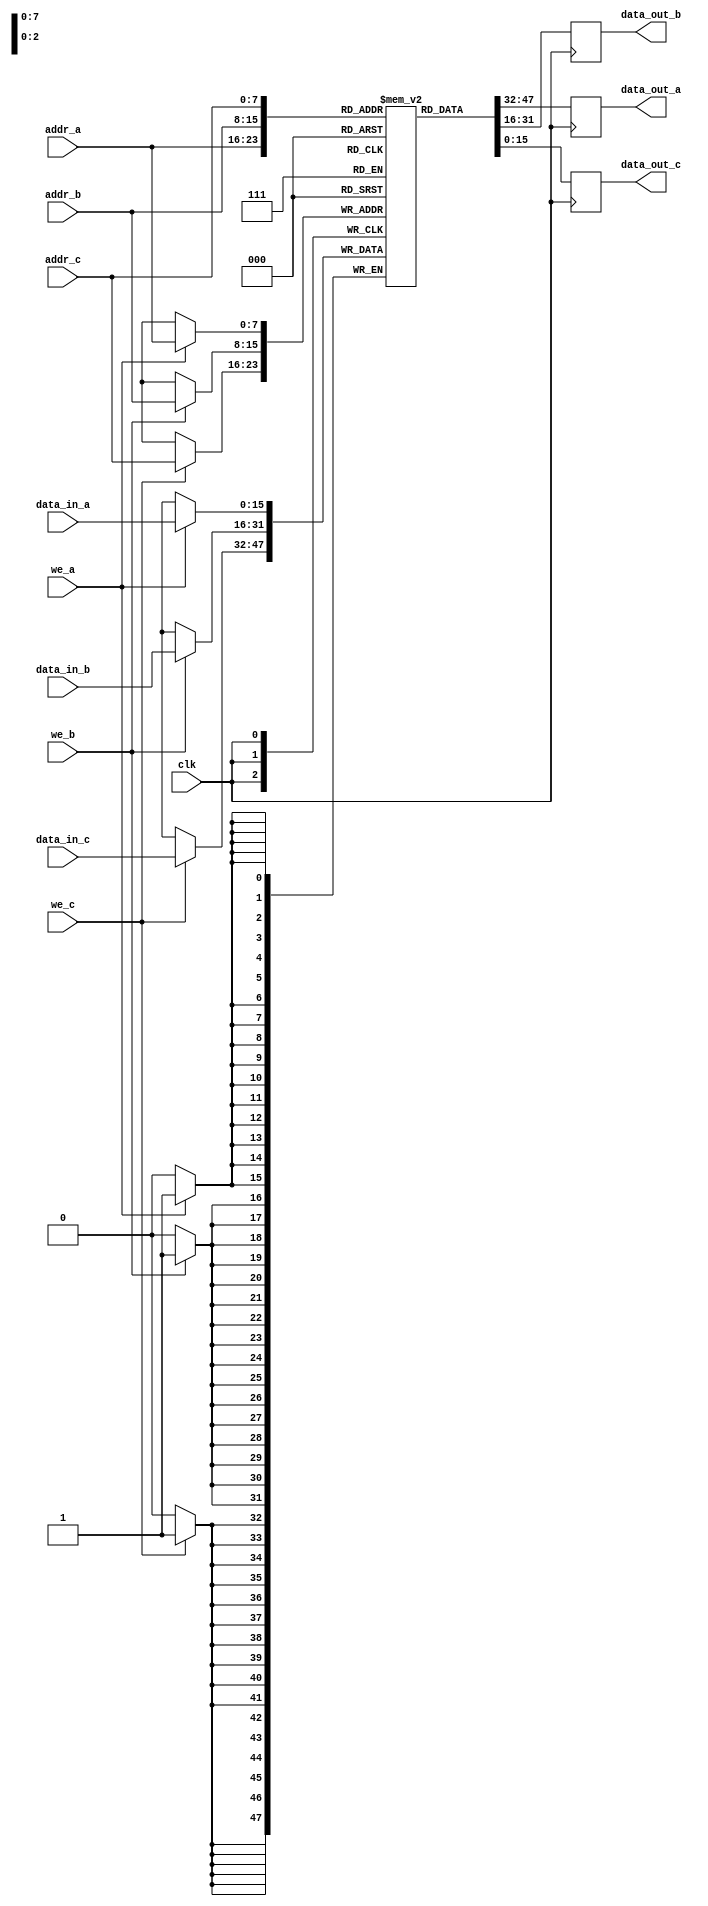
module triple_port_ram (
    input wire clk,
    input wire we_a,
    input wire we_b,
    input wire we_c,
    input wire [ADDR_WIDTH-1:0] addr_a,
    input wire [ADDR_WIDTH-1:0] addr_b,
    input wire [ADDR_WIDTH-1:0] addr_c,
    input wire [DATA_WIDTH-1:0] data_in_a,
    input wire [DATA_WIDTH-1:0] data_in_b,
    input wire [DATA_WIDTH-1:0] data_in_c,
    output reg [DATA_WIDTH-1:0] data_out_a,
    output reg [DATA_WIDTH-1:0] data_out_b,
    output reg [DATA_WIDTH-1:0] data_out_c
);

parameter ADDR_WIDTH = 8; // Example: 256 words
parameter DATA_WIDTH = 16; // Example: 16 bits per word
parameter DEPTH = 1 << ADDR_WIDTH; // 2^ADDR_WIDTH

// Memory array
reg [DATA_WIDTH-1:0] mem [0:DEPTH-1];

// Read and Write operations
always @(posedge clk) begin
    // Write operations
    if (we_a) begin
        mem[addr_a] <= data_in_a;
    end
    if (we_b) begin
        mem[addr_b] <= data_in_b;
    end
    if (we_c) begin
        mem[addr_c] <= data_in_c;
    end
    
    // Read operations
    data_out_a <= mem[addr_a];
    data_out_b <= mem[addr_b];
    data_out_c <= mem[addr_c];
end

endmodule